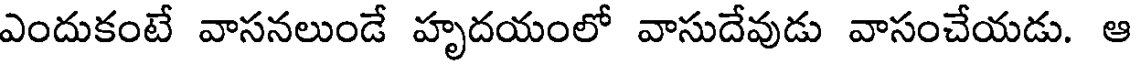
ఎందుకంటే వాసనలుండే హృదయంలో వాసుదేవుడు వాసంచేయడు. ఆ